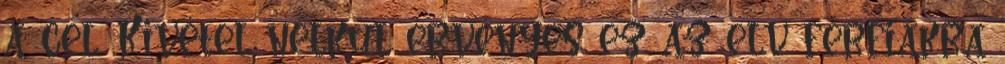
a cél. Kivétel nélkül érvényes ez az elv férfiakra